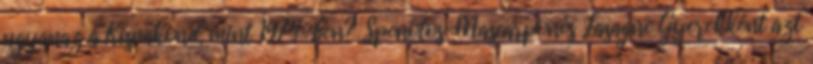
ugyanaz a Kisvakond, mint 1974-ben? Spenótos-Mascarponés Lasagne Gyerekként azt